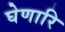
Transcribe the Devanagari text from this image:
घेणारि